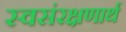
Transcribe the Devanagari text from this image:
स्वसंरक्षणार्थ